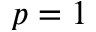
p = 1